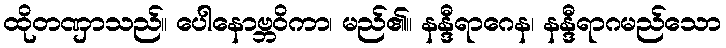
ထိုတဏှာသည်။ ပေါနောဗ္ဘဝိကာ၊ မည်၏။ နန္ဒီရာဂေန၊ နန္ဒီရာဂမည်သော